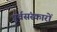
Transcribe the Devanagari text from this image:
पूर्वसंस्कारों